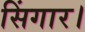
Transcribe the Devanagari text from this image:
सिंगार।